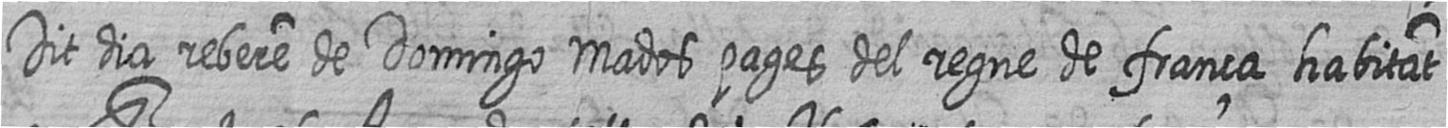
Dit dia rebere de Domingo Mados pages del regne de frança habitat